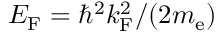
E _ { \mathrm { F } } = \hbar ^ { 2 } k _ { \mathrm { F } } ^ { 2 } / ( 2 m _ { \mathrm { e } } )